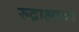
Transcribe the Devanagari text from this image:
रुद्राक्षाचा